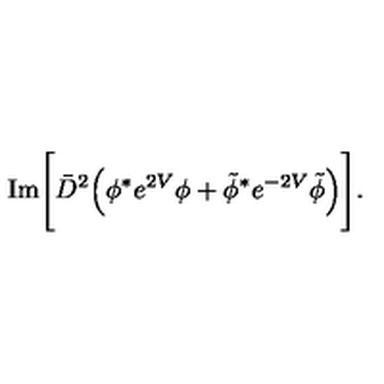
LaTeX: \mathrm { I m } \Bigg [ \bar { D } ^ { 2 } \Big ( \phi ^ { * } e ^ { 2 V } \phi + \tilde { \phi } ^ { * } e ^ { - 2 V } \tilde { \phi } \Big ) \Bigg ] .